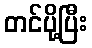
တင်ပို့ပြီး